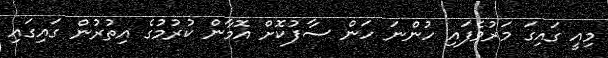
މިއީ ގައިގަ މަރުވެފައި ހުންނަ ހަން ސާފުކޮށް އޮމާން ކުރުމުގެ އިތުރުން ގައިގައި